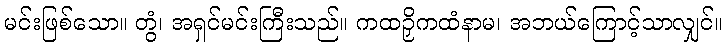
မင်းဖြစ်သော။ တွံ၊ အရှင်မင်းကြီးသည်။ ကထဉှိကထံနာမ၊ အဘယ်ကြောင့်သာလျှင်။